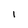
Character: l